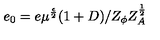
e _ { 0 } = e \mu ^ { \frac { \epsilon } { 2 } } ( 1 + D ) / Z _ { \phi } Z _ { A } ^ { \frac { 1 } { 2 } }